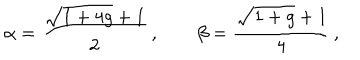
\alpha = \frac { \sqrt { 1 + 4 g } + 1 } { 2 } \, , \qquad \beta = \frac { \sqrt { 1 + g } + 1 } { 4 } \, ,